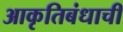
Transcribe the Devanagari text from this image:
आकृतिबंधाची